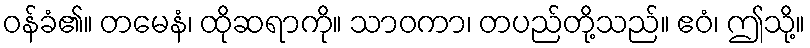
ဝန်ခံ၏။ တမေနံ၊ ထိုဆရာကို။ သာဝကာ၊ တပည်တို့သည်။ ဧဝံ၊ ဤသို့။